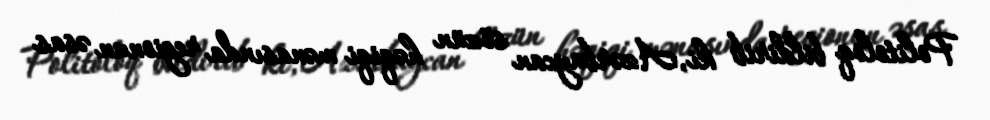
Politoloq bildirib ki, Azərbaycan sözün həqiqi mənasında regionun əsas